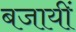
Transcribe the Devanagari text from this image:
बजायीं